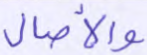
والآصال